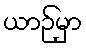
ယာဉ်မှာ